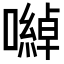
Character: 𡁇